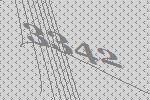
3342